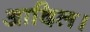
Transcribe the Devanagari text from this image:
आदिल।